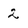
Character: 2